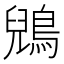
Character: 鶂